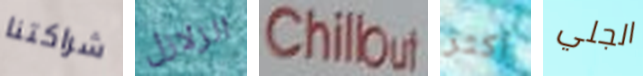
شراكتنا الزلازل Chillout أكثر الجلي